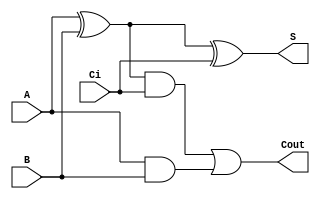
module sum1bcc_primitive (A, B, Ci,Cout,S);
// Entradas y salidas del sumador convencional
  input  A;
  input  B;
  input  Ci;
  output Cout;
  output S;


  wire a_ab;
  wire x_ab;
  wire cout_t;
// Compuestas para construir el sumador de manera primitiva
  and(a_ab,A,B);
  xor(x_ab,A,B);

  xor(S,x_ab,Ci);
  and(cout_t,x_ab,Ci);

  or (Cout,cout_t,a_ab);

endmodule